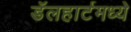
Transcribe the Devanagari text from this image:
डॅलहार्टमध्ये